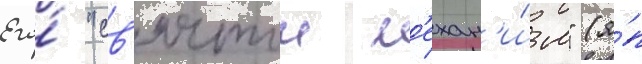
Его́ "св'ятои м'ехан'и́зм" (я́п